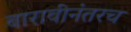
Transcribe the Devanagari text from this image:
बारावीनंतरच